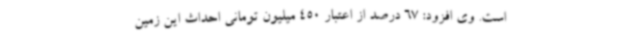
است. وی افزود: 67 درصد از اعتبار 450 میلیون تومانی احداث این زمین